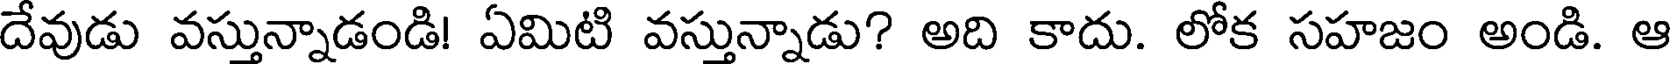
దేవుడు వస్తున్నాడండి! ఏమిటి వస్తున్నాడు? అది కాదు. లోక సహజం అండి. ఆ